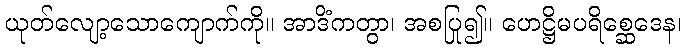
ယုတ်လျော့သောကျောက်ကို။ အာဒိံကတွာ၊ အစပြု၍။ ဟေဋ္ဌိမပရိစ္ဆေဒေန၊